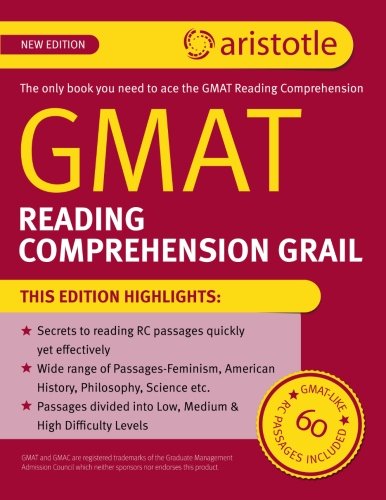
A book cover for GMAT Reading Comprehension Grail; Aristotle Prep; Test Preparation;